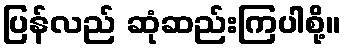
ပြန်လည် ဆုံဆည်းကြပါစို့။